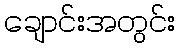
ချောင်းအတွင်း